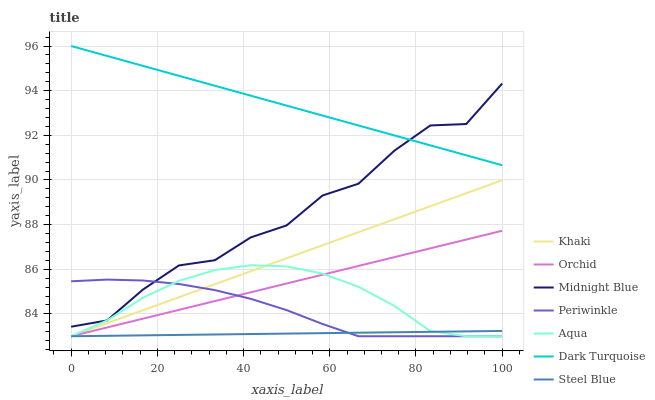
| xaxis_label | Khaki | Orchid | Midnight Blue | Periwinkle | Aqua | Dark Turquoise | Steel Blue |
 | --- | --- | --- | --- | --- | --- | --- | --- |
 | 0 | 83 | 83 | 83.4 | 85.5 | 83 | 96 | 83 |
 | 8.33 | 83.6 | 83.4 | 83.7 | 85.5 | 83.7 | 95.6 | 83 |
 | 16.7 | 84.2 | 83.8 | 85.1 | 85.5 | 84.7 | 95.1 | 83 |
 | 25 | 84.7 | 84.2 | 86.2 | 85.3 | 85.5 | 94.7 | 83.1 |
 | 33.3 | 85.3 | 84.6 | 86.4 | 85.1 | 86 | 94.2 | 83.1 |
 | 41.7 | 85.9 | 85 | 87.4 | 84.7 | 86.2 | 93.8 | 83.1 |
 | 50 | 86.5 | 85.4 | 88 | 84.2 | 86.1 | 93.3 | 83.1 |
 | 58.3 | 87.1 | 85.8 | 89.3 | 83.5 | 85.8 | 92.9 | 83.1 |
 | 66.7 | 87.7 | 86.1 | 89.8 | 83 | 85.2 | 92.4 | 83.2 |
 | 75 | 88.2 | 86.5 | 91.3 | 83 | 84.4 | 92 | 83.2 |
 | 83.3 | 88.8 | 86.9 | 92.4 | 83 | 83.2 | 91.6 | 83.2 |
 | 91.7 | 89.4 | 87.3 | 92.5 | 83 | 83 | 91.1 | 83.2 |
 | 100 | 90 | 87.7 | 94.3 | 83 | 83 | 90.7 | 83.2 |